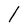
Character: l